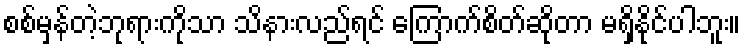
စစ်မှန်တဲ့ဘုရားကိုသာ သိနားလည်ရင် ကြောက်စိတ်ဆိုတာ မရှိနိုင်ပါဘူး။